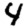
Digit: 4